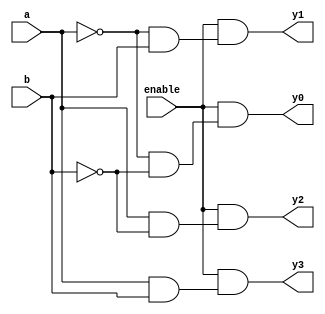
module decoder_2_to_4(y0, y1, y2, y3, a, b, enable);

input a, b, enable;
output wire y0, y1, y2, y3;

assign y0 = enable & (~a & ~b);
assign y1 = enable & (~a & b);
assign y2 = enable & (a & ~b);
assign y3 = enable & (a & b);

endmodule